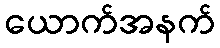
ယောက်အနက်